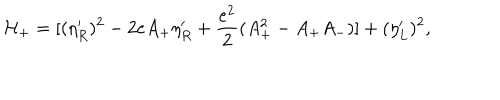
{ \cal H } _ { + } = [ ( \eta _ { R } ^ { \prime } ) ^ { 2 } - 2 e A _ { + } \eta _ { R } ^ { \prime } + { \frac { e ^ { 2 } } { 2 } } ( A _ { + } ^ { 2 } - A _ { + } A _ { - } ) ] + ( \eta _ { L } ^ { \prime } ) ^ { 2 } ,